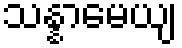
သန္နာမေယျ